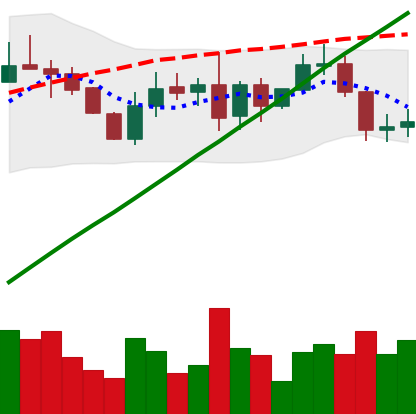
Ticker: LINK-USD
Chart end date: 2019-08-23
Forward return: -15.662%
Label: down_7plus